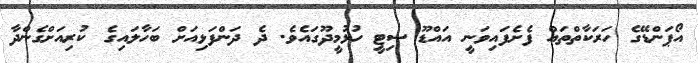
އޯޕަންޑޭގެ ހަރަކާތްތައް ފެށެފައިވަނީ އައްޑޫ ސިޓީ ހުޅުމީދޫގައެވެ. ދެ ދަންފަޅިއަށް ބަހާލައިގެ ކުރިއަށްގެންދާ